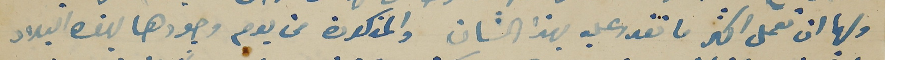
ولها ان تعمل اكثر ما تقدر عليه بهذا الشان والمذكورة من يوم وجودها بهذه البلاد